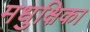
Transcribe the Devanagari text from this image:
मधुक्षिका